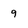
Character: 9